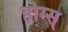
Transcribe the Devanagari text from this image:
होम्स्